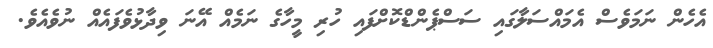
އެހެން ނަމަވެސް އެމައްސަލާގައި ސަސްޕެންޑްކޮށްފައި ހުރި މީހާގެ ނަމެއް އޭނަ ވިދާޅުވެފައެއް ނުވެއެވެ.